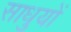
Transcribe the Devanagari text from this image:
साधुयों